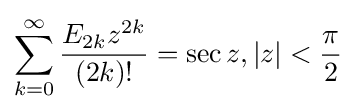
\sum _{k=0}^{\infty }{\frac {E_{2k}z^{2k}}{(2k)!}}=\sec z,|z|<{\frac {\pi }{2}}